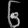
Digit: ၆